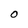
Character: O